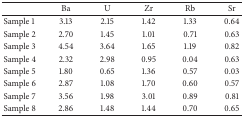
<table><thead><tr><td><b> </b></td><td><b>Ba</b></td><td><b>U</b></td><td><b>Zr</b></td><td><b>Rb</b></td><td><b>Sr</b></td></tr></thead><tbody><tr><td>Sample 1</td><td>3.13</td><td>2.15</td><td>1.42</td><td>1.33</td><td>0.64</td></tr><tr><td>Sample 2</td><td>2.70</td><td>1.45</td><td>1.01</td><td>0.71</td><td>0.63</td></tr><tr><td>Sample 3</td><td>4.54</td><td>3.64</td><td>1.65</td><td>1.19</td><td>0.82</td></tr><tr><td>Sample 4</td><td>2.32</td><td>2.98</td><td>0.95</td><td>0.04</td><td>0.63</td></tr><tr><td>Sample 5</td><td>1.80</td><td>0.65</td><td>1.36</td><td>0.57</td><td>0.03</td></tr><tr><td>Sample 6</td><td>2.87</td><td>1.08</td><td>1.70</td><td>0.60</td><td>0.57</td></tr><tr><td>Sample 7</td><td>3.56</td><td>1.98</td><td>3.01</td><td>0.89</td><td>0.81</td></tr><tr><td>Sample 8</td><td>2.86</td><td>1.48</td><td>1.44</td><td>0.70</td><td>0.65</td></tr></tbody></table>